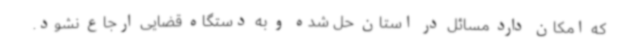
که امکان دارد مسائل در استان حل شده و به دستگاه قضایی ارجاع نشود.